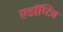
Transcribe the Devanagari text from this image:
एडॉप्टिव